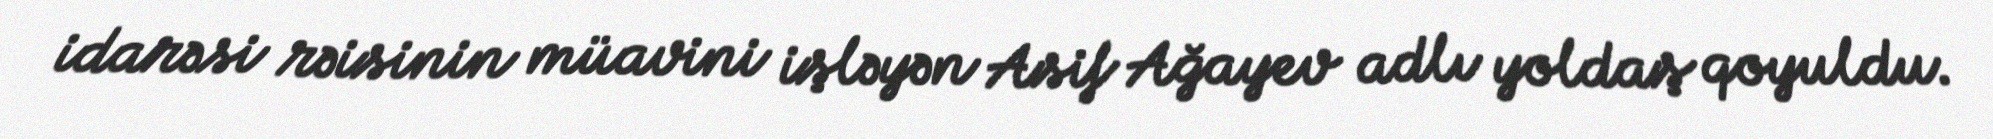
idarəsi rəisinin müavini işləyən Asif Ağayev adlı yoldaş qoyuldu.